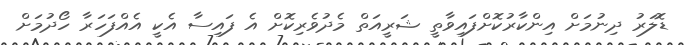
ޑޮލަރު ދިނުމަށް އިންކާރުކޮށްފައިވާތީ ޝަރީއަތް މެދުވެރިކޮށް އެ ފައިސާ އެކީ އެއްފަހަރާ ހޯދުމަށް